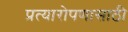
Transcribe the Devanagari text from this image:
प्रत्यारोपणासाठी